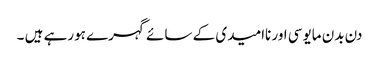
دن بدن مایوسی اور ناامیدی کے سائے گہرے ہورہے ہیں ۔